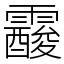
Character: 𩆑